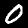
Digit: 0